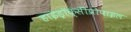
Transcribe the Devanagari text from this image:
हाइड्रॉक्सीप्रोपाइल